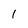
Character: 1